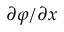
\partial \varphi / \partial x